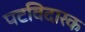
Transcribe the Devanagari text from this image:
पटविदारक